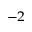
^ { - 2 }